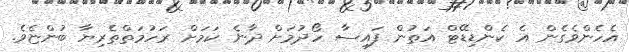
އެހެންވެގެން އެ ކެންޑިޑޭޓް އަތުން ފައިސާ ހޯދުމަށް ދާނެ ކަމަށް ރަހުމަތްތެރިޔާ ބުންޏެވެ.